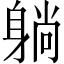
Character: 躺